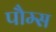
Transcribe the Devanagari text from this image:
पौम्स